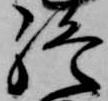
終